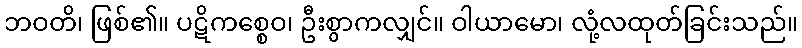
ဘဝတိ၊ ဖြစ်၏။ ပဋိကစ္စေဝ၊ ဦးစွာကလျှင်။ ဝါယာမော၊ လုံ့လထုတ်ခြင်းသည်။